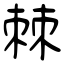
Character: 棘